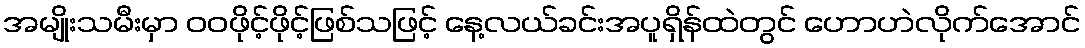
အမျိုးသမီးမှာ ဝဝဖိုင့်ဖိုင့်ဖြစ်သဖြင့် နေ့လယ်ခင်းအပူရှိန်ထဲတွင် ဟောဟဲလိုက်အောင်